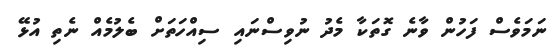
ނަމަވެސް ފަހުން ވާނެ ގޮތަކާ މެދު ނުވިސްނައި ސިއްހަތަށް ބެލުމެއް ނެތި އުޅޭ